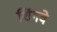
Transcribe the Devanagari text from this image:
शिंगवे